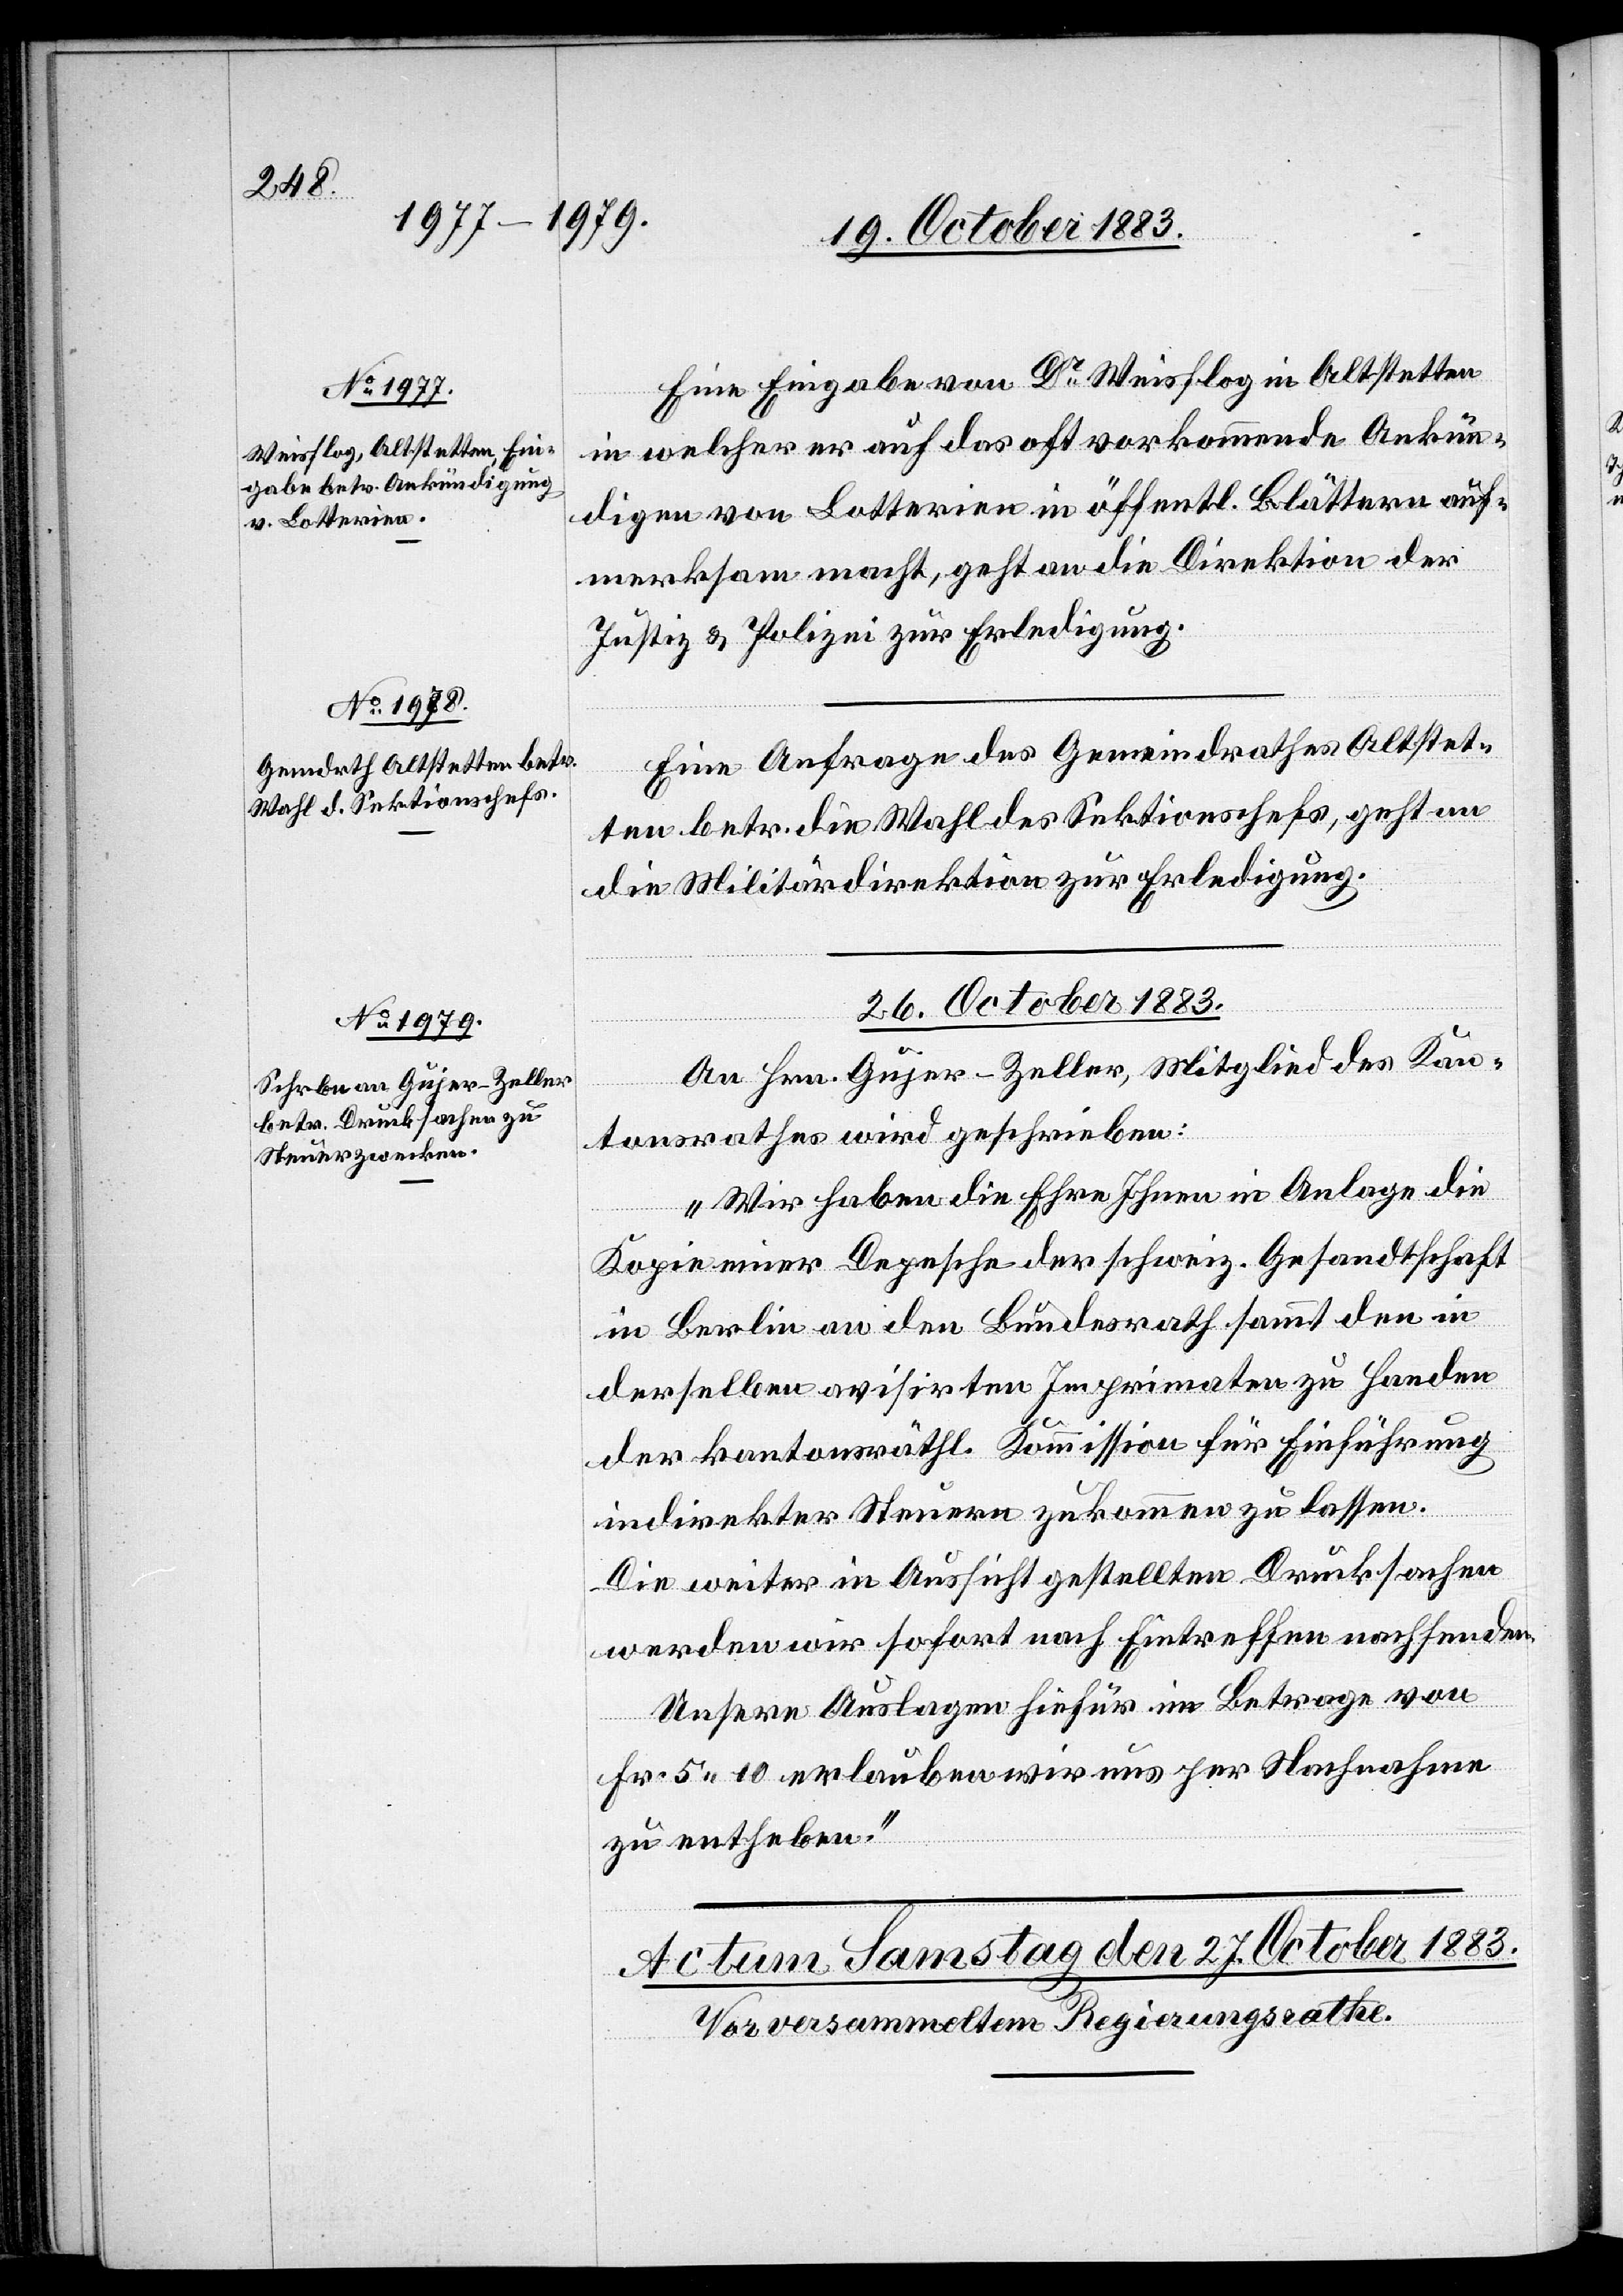
Eine Eingabe von Dr Weisflog in Altstetten
in welcher er auf das oft vorkommende Ankün¬
digen von Lotterien in öffentl. Blättern auf¬
merksam macht, geht an die Direktion der
Justiz & Polizei zur Erledigung.
Eine Anfrage des Gemeindrathes Altstet¬
ten betr. die Wahl des Sektionschefs, geht an
die Militärdirektion zur Erledigung.
ügungen.]
26. October 1883.
An Hrn. Gujer-Zeller, Mitglied des Kan¬
tonsrathes wird geschrieben:
„Wir haben die Ehre Ihnen in Anlage die
Kopie einer Depesche der schweiz. Gesandtschaft
in Berlin an den Bundesrath sammt den in
derselben avisirten Imprimaten zu Handen
der kantonsräthl. Kommission für Einführung
[Präsidial-Verf¬
indirekter Steuern zukommen zu lassen.
Die weiter in Aussicht gestellten Drucksachen
werden wir sofort nach Eintreffen nachsenden.
Unsere Auslagen hiefür im Betrage von
Fr. 5 10 erlauben wir uns per Nachnahme
zu entheben.“